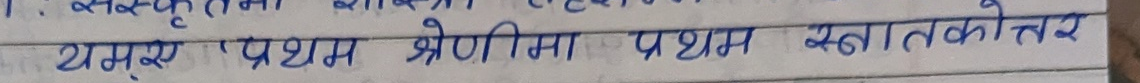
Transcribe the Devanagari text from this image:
यसै प्रथम श्रेणीमा प्रथम स्नातकोत्तर